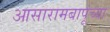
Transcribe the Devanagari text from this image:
आसारामबापूंच्या